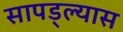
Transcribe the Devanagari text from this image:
सापड्ल्यास